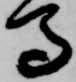
馬